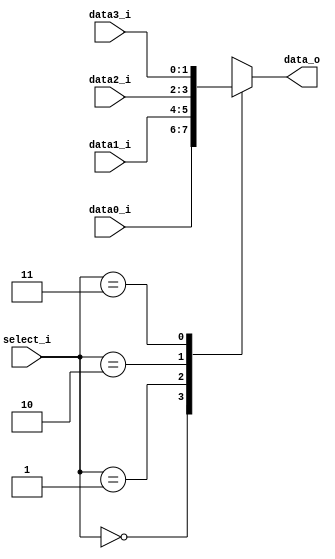
//Subject:     CO project 3 - MUX 421
//--------------------------------------------------------------------------------
//Version:     1
//--------------------------------------------------------------------------------
//Writer:      0416038 _0416326 t 
//----------------------------------------------
//Date:        
//----------------------------------------------
//Description: 
//--------------------------------------------------------------------------------
     
module MUX_4to1(
               data0_i,
               data1_i,
					data2_i,
               data3_i,
               select_i,
               data_o
               );

parameter size = 0;			   
			
//I/O ports               
input   [size-1:0] data0_i;          
input   [size-1:0] data1_i;
input   [size-1:0] data2_i;          
input   [size-1:0] data3_i;
input   [2-1:0]    select_i;

output  [size-1:0] data_o; 

//Internal Signals
reg     [size-1:0] data_o;

//Main function
always@(*) begin
	case (select_i)
		2'd0: data_o <= data0_i;
		2'd1: data_o <= data1_i;
		2'd2: data_o <= data2_i;
		2'd3: data_o <= data3_i;
	endcase
end
endmodule